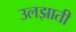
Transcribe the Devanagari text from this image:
उलझाती